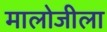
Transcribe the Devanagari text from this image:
मालोजीला